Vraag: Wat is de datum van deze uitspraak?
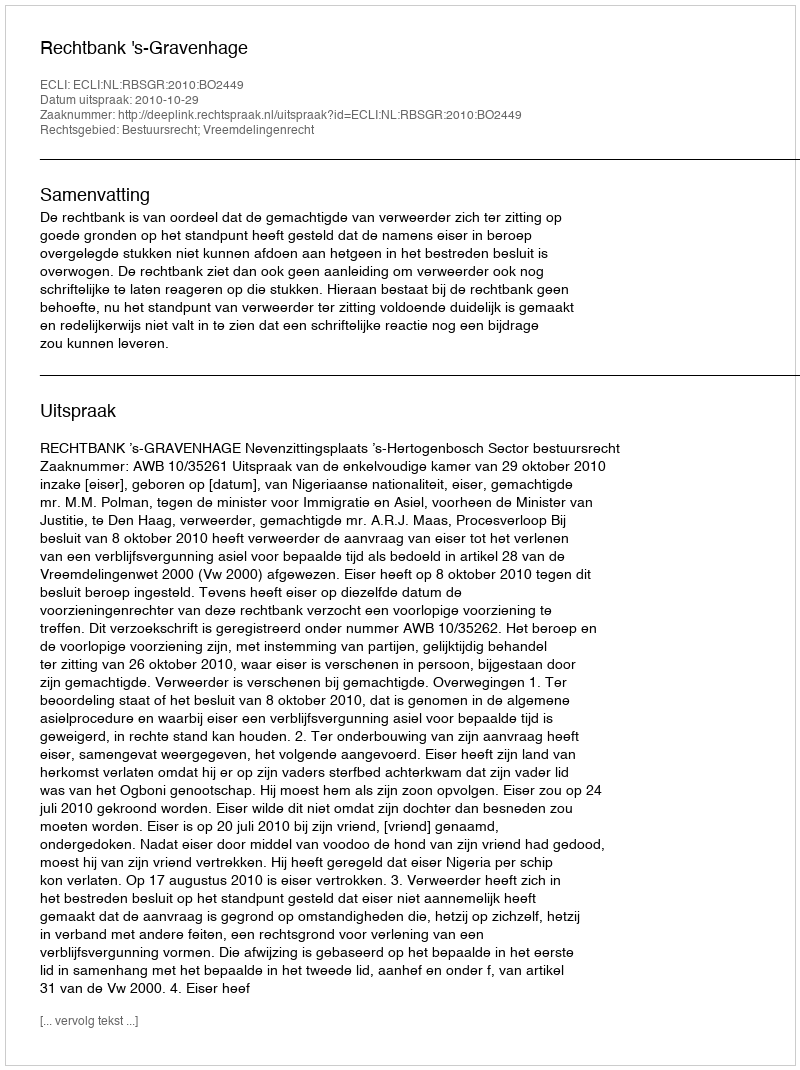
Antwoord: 2010-10-29